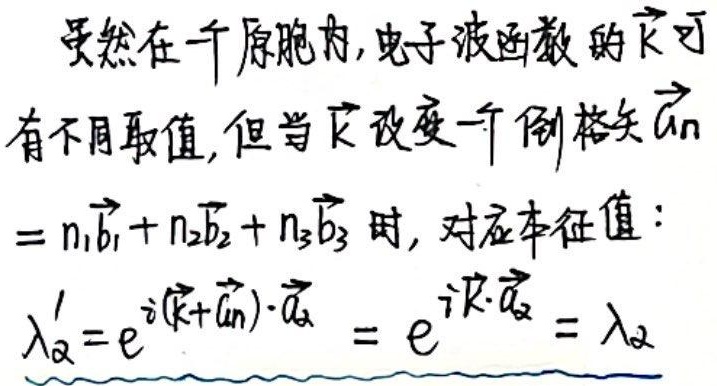
虽然在一个原胞内，电子波函数的\(\vec{k}\)可有不同取值，但当\(\vec{k}\)改变一个倒格矢\(\vec{G}_n = n_1\vec{b}_1 + n_2\vec{b}_2 + n_3\vec{b}_3\)时，对应本征值：
\[
\lambda_{\alpha}' = e^{i(\vec{k} + \vec{G}_n)\cdot\vec{a}_{\alpha}} = e^{i\vec{k}\cdot\vec{a}_{\alpha}} = \lambda_{\alpha}
\]